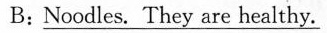
B:\underline{Noodles. They are healthy.}